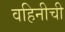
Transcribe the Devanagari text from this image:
वहिनीची